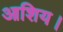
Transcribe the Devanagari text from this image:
आशिय।